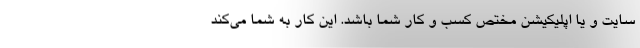
سایت و یا اپلیکیشن مختص کسب و کار شما باشد. این کار به شما می‌کند